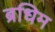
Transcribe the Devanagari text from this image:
ब्रधिम